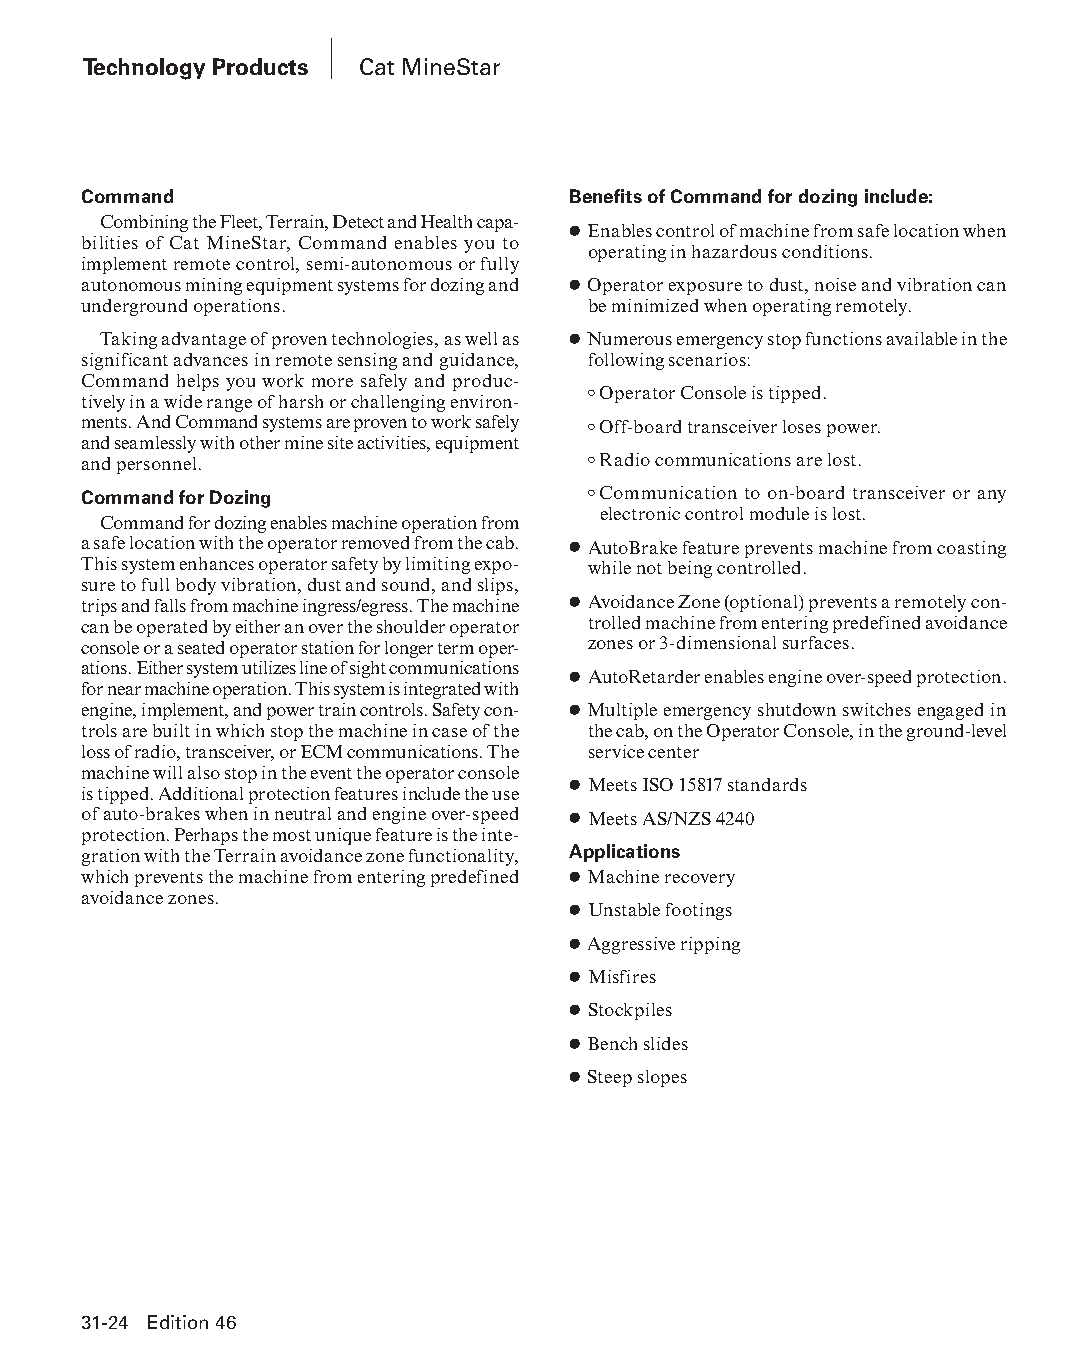
Technology Products Cat MineStar
 Command                         Benefits of Command for dozing include:
 Combining the Fleet, Terrain, Detect and Health capa-
 ● Enables control of machine from safe location when
 bil ities of Cat MineStar, Command enables you to
 operating in hazardous conditions.
 implement remote control, semi-autonomous or fully
 autonomous mining equipment systems for dozing and ● Operator exposure to dust, noise and vibration can
 underground operations.          be minimized when operating remotely.
 Taking advantage of proven technologies, as well as ● Numerous emergency stop functions available in the
 significant advances in remote sensing and guidance, following scenarios:
 Command helps you work more safely and produc-
 ○ Operator Console is tipped.
 tively in a wide range of harsh or challenging environ-
 ments. And Command systems are proven to work safely ○ Off-board transceiver loses power.
 and seamlessly with other mine site activities, equipment
 and personnel.                   ○ Radio communications are lost.
 Command for Dozing               ○ Communication to on-board transceiver or any
 electronic control module is lost.
 Command for dozing enables machine operation from
 a safe location with the operator removed from the cab. ● AutoBrake feature prevents machine from coasting
 This system enhances operator safety by limiting expo- while not being controlled.
 sure to full body vibration, dust and sound, and slips,
 trips and falls from machine ingress/egress. The machine ● Avoidance Zone (optional) prevents a remotely con-
 can be operated by either an over the shoulder operator trolled machine from entering predefined avoidance
 console or a seated operator station for longer term oper- zones or 3-dimensional surfaces.
 a tions. Either system utilizes line of sight communications
 ● AutoRetarder enables engine over-speed protection.
 for near machine operation. This system is integrated with
 engine, implement, and power train controls. Safety con- ● Multiple emergency shutdown switches engaged in
 trols are built in which stop the machine in case of the the cab, on the Operator Console, in the ground-level
 loss of radio, transceiver, or ECM communications. The service center
 machine will also stop in the event the operator console
 ● Meets ISO 15817 standards
 is tipped. Additional protection features include the use
 of auto-brakes when in neutral and engine over-speed ● Meets AS/NZS 4240
 protection. Perhaps the most unique feature is the inte-
 gration with the Terrain avoidance zone functionality, Applications
 which prevents the machine from entering predefined ● Machine recovery
 avoidance zones.
 ● Unstable footings
 ● Aggressive ripping
 ● Misfires
 ● Stockpiles
 ● Bench slides
 ● Steep slopes
 31-24 Edition 46
 PPHHBB--SSeecc3311--1166..iinndddd 2244                        1122//44//1155 1111::2233 AAMM